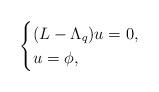
LaTeX: \begin{align*}\begin{cases}(L-\Lambda_q)u = 0,&\\u = \phi,& \end{cases}\end{align*}